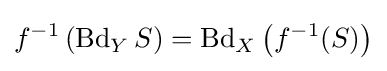
f^{-1}\left(\operatorname {Bd} _{Y}S\right)=\operatorname {Bd} _{X}\left(f^{-1}(S)\right)